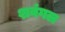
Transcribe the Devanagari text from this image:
शवंगल